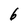
Character: b